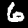
Digit: 6